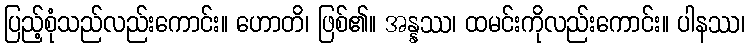
ပြည့်စုံသည်လည်းကောင်း။ ဟောတိ၊ ဖြစ်၏။ အန္နဿ၊ ထမင်းကိုလည်းကောင်း။ ပါနဿ၊